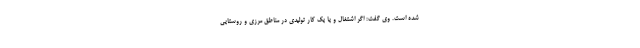
شده است. وی گفت: اگر اشتغال و یا یک کار تولیدی در مناطق مرزی و روستایی